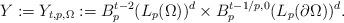
LaTeX: \begin{align*}Y:=Y_{t,p,\Omega}:=B^{t-2}_{p}(L_p(\Omega))^d\times B^{t-1/p,0}_{p}(L_p(\partial\Omega))^d.\end{align*}